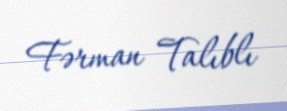
Fərman Talıblı